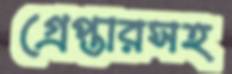
গ্রেপ্তারসহ